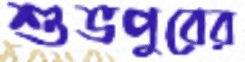
শুভপুরের